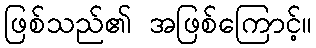
ဖြစ်သည်၏ အဖြစ်ကြောင့်။